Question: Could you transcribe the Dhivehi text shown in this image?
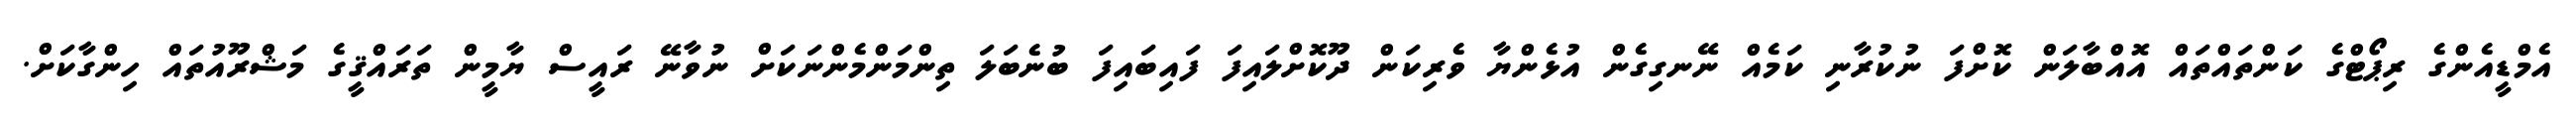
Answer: އެމްޑީއެންގެ ރިޕޯޓްގެ ކަންތައްތައް އޮއްބާލަން ކޮށްފަ ނުކުރާނި ކަމެއް ނޭނގިގެން އުޅެންޔާ ވެރިކަން ދޫކޮށްލައިފަ ފައިބައިފަ ބުނެބަލަ ތިންމަންމެންނަކަށް ނުވާނޭ ރައީސް ޔާމީން ތަރައްޤީގެ މަޝްރޫއުތައް ހިންގާކަށް.